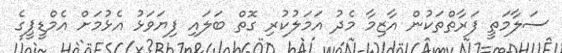
ސަލާމަތީ ފަރާތްތަކުން އާޒިމާ މެދު އަމަލުކުރި ގޮތް ބަލައި ފިޔަވަޅު އެޅުމަށް އެމްޑީޕީގެ